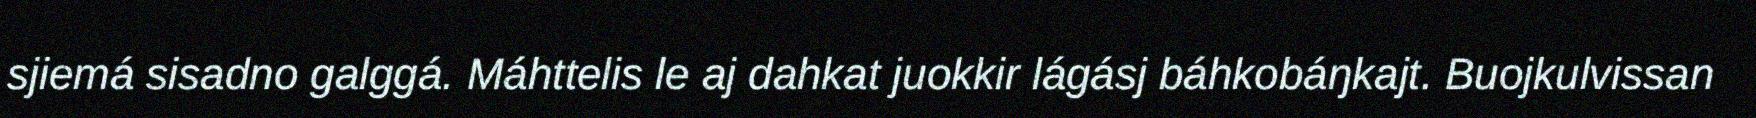
sjiemá sisadno galggá. Máhttelis le aj dahkat juokkir lágásj báhkobáŋkajt. Buojkulvissan